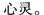
心灵。